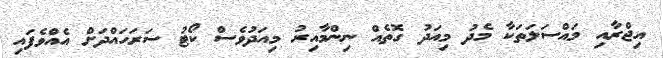
އިޖްރާއި މައްސަލަތަކާ މެދު މިއަދު ގޮތެއް ނިންމާއިރު މިއަދުވެސް ކޯޓު ސަރަހައްދަށް އެއްވެފައި